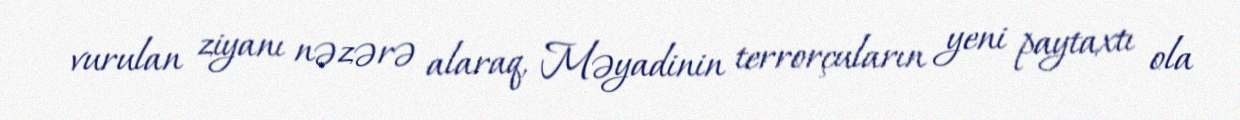
vurulan ziyanı nəzərə alaraq, Məyadinin terrorçuların yeni paytaxtı ola